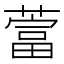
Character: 䔰